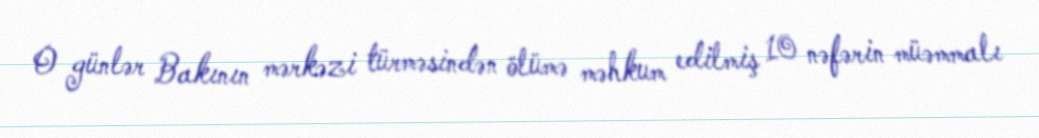
O günlər Bakının mərkəzi türməsindən ölümə məhkum edilmiş 10 nəfərin müəmmalı